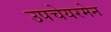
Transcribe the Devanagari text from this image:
उपचेयरमेन